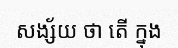
សង្ស័យ ថា តើ ក្នុង